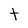
Character: t